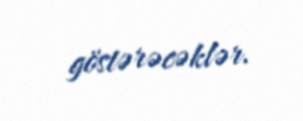
göstərəcəklər.